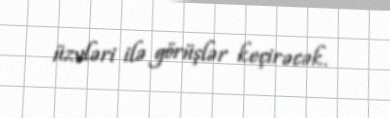
üzvləri ilə görüşlər keçirəcək.